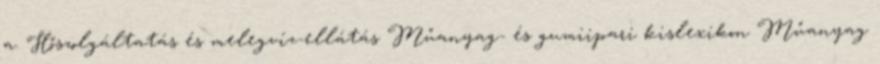
a. Hőszolgáltatás és melegvíz-ellátás Műanyag- és gumiipari kislexikon Műanyag